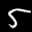
Label: 5